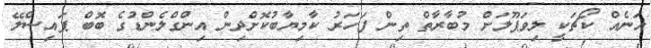
އަނެއް ކޯޗަކީ ލިވަޕޫލަށް މުބާރާތް ތިން ފަހަރު ކާމިޔާބުކޮށްދިން އިންގްލެންޑުގެ ބޮބް ޕައިސްލޭ